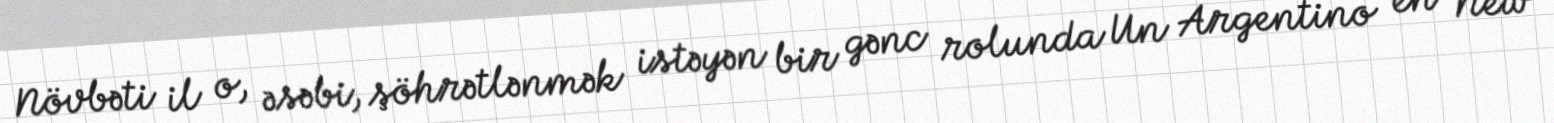
Növbəti il o, əsəbi, şöhrətlənmək istəyən bir gənc rolunda Un Argentino en New